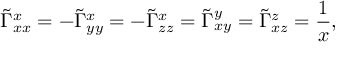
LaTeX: \tilde { \Gamma } _ { x x } ^ { x } = - \tilde { \Gamma } _ { y y } ^ { x } = - \tilde { \Gamma } _ { z z } ^ { x } = \tilde { \Gamma } _ { x y } ^ { y } = \tilde { \Gamma } _ { x z } ^ { z } = \frac { 1 } { x } ,